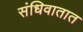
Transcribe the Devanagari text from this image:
संधिवातात